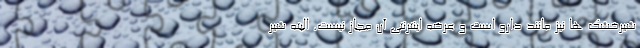
شیرخشک ها نیز مانند دارو است و عرضه اینترنتی آن مجاز نیست. البته شیر